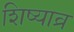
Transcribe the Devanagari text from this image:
शिष्याव्र